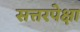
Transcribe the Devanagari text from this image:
सत्तरपेक्षा